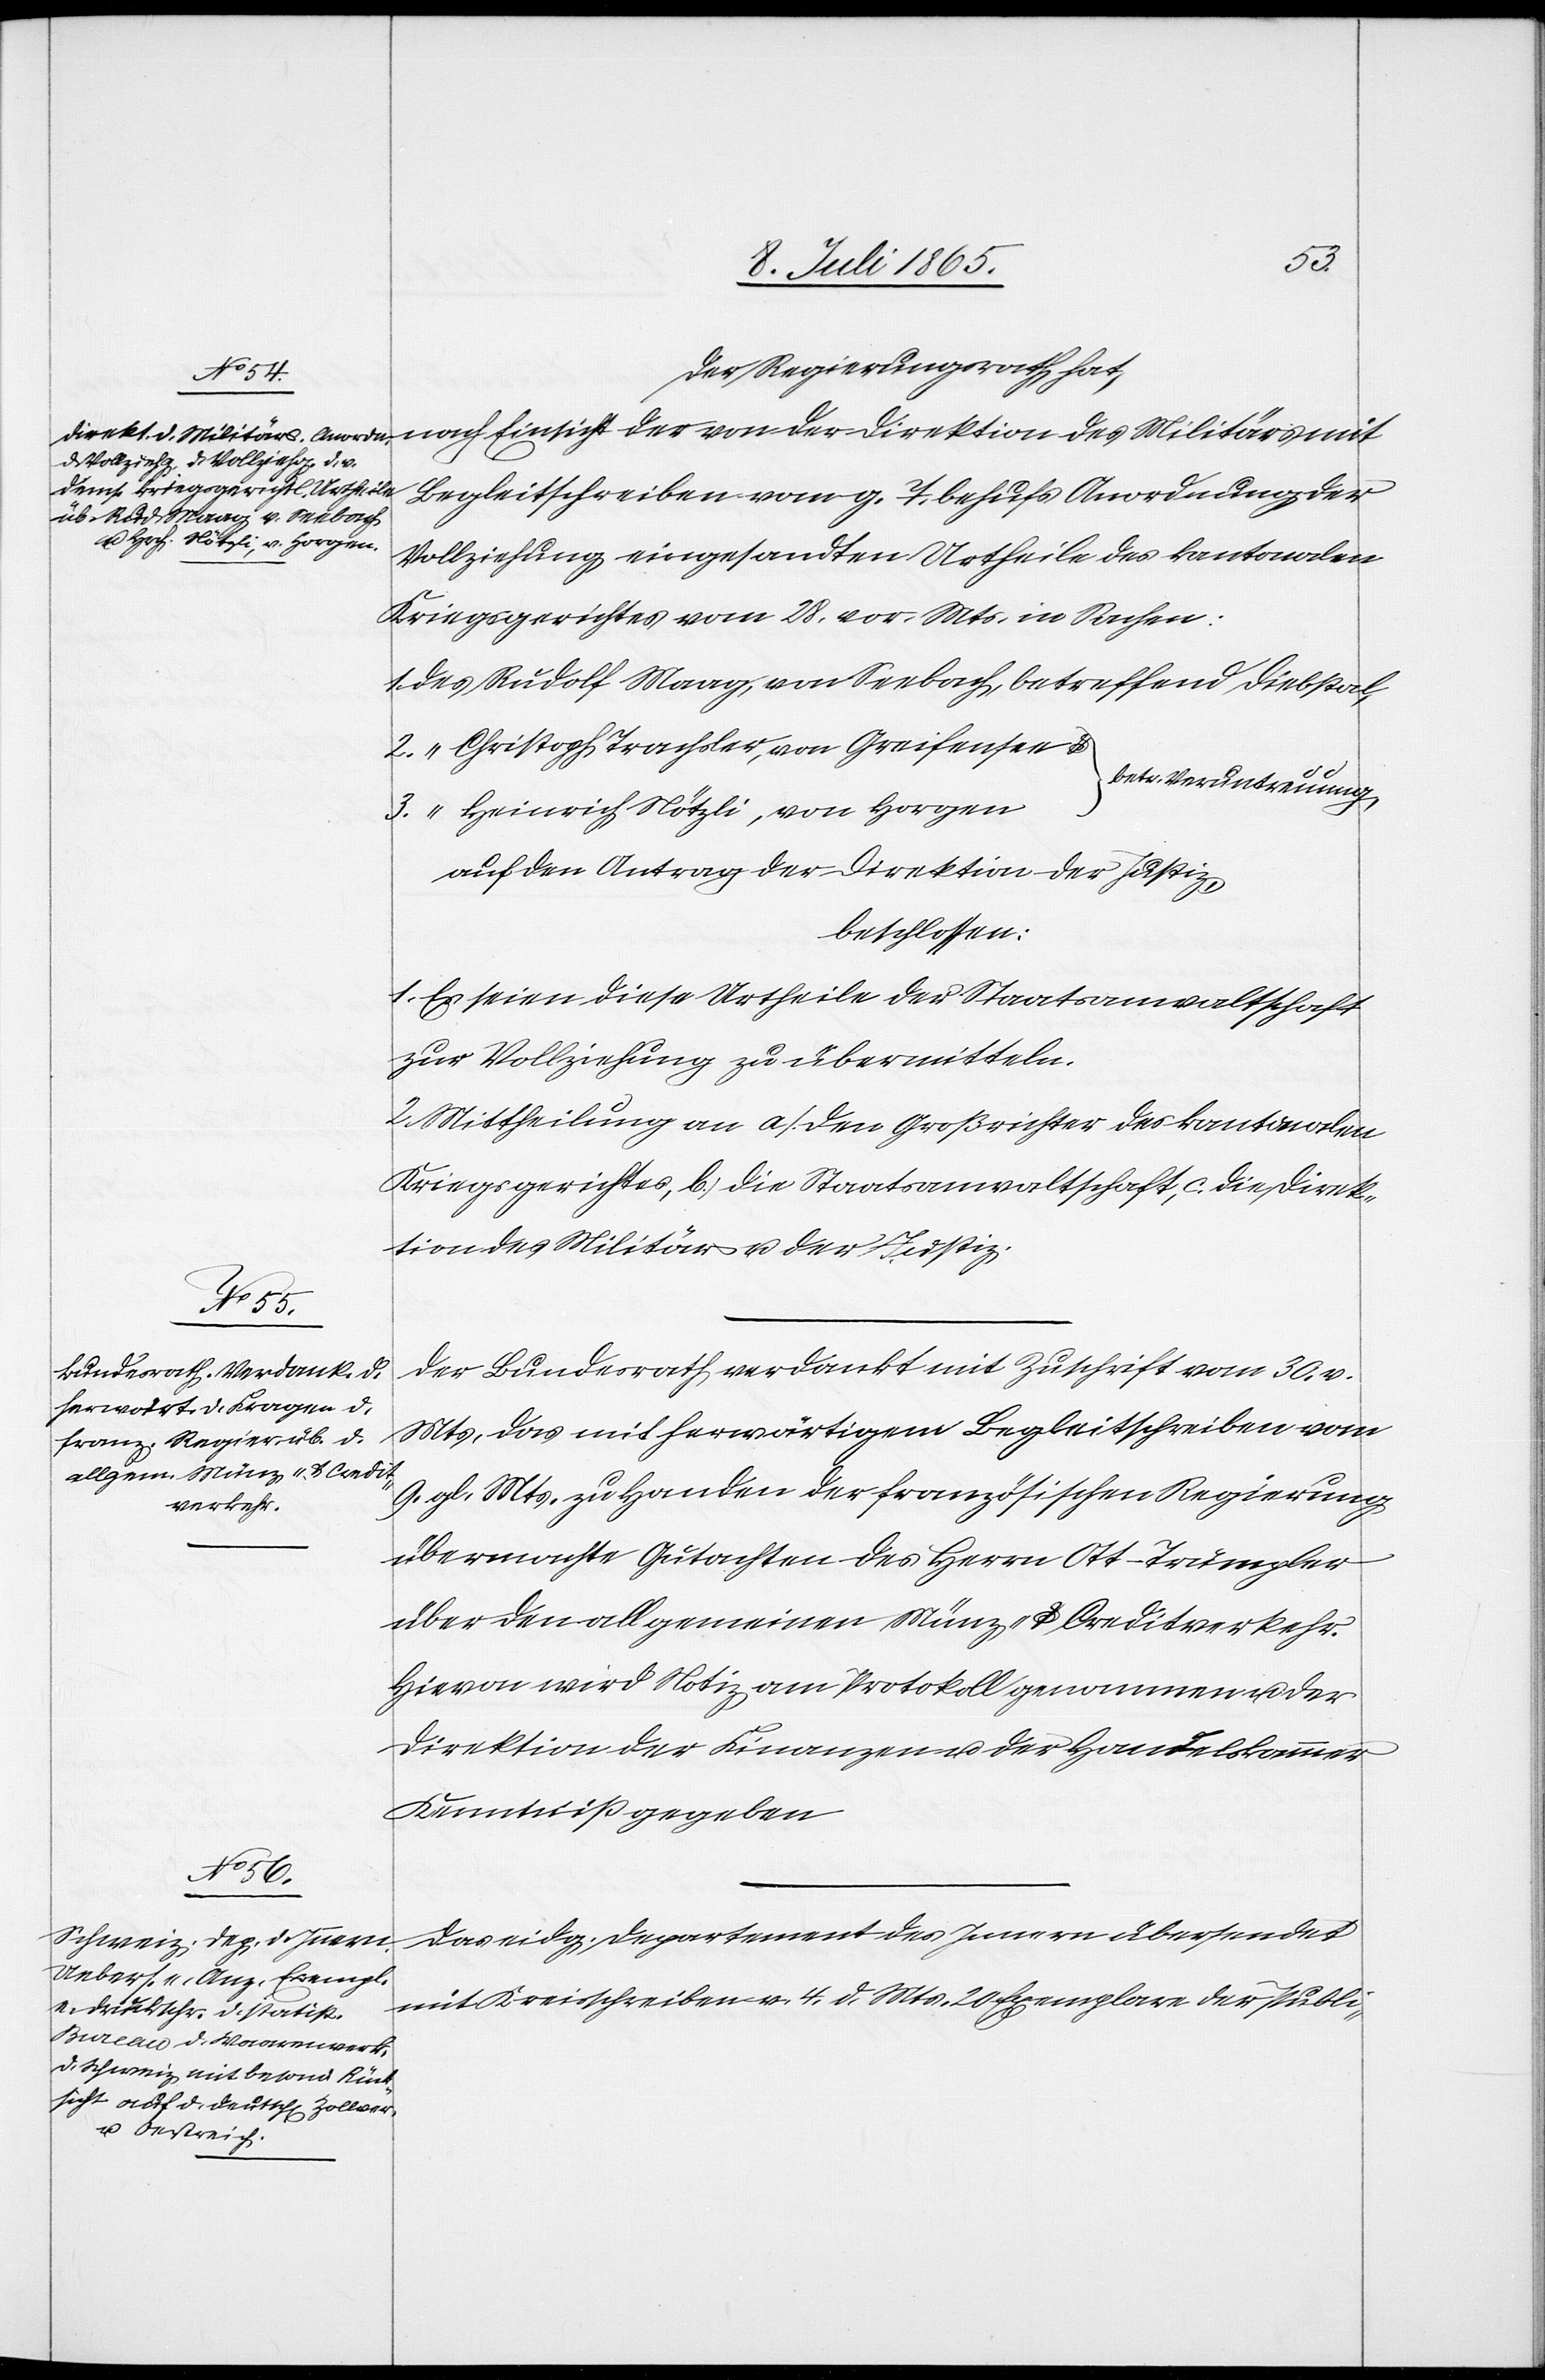
Der Regierungsrath hat,
nach Einsicht der von der Direktion des Militärs mit
Begleitschreiben vom g. T. behufs Anordnung der
Vollziehung eingesandten Urtheile des kantonalen
Kriegsgerichtes vom 28. vor. Mts. in Sachen:
1. des Rudolf Maag, von Seebach, betreffend Diebstal,
2. “ Christoph Trachsler, von Greifensee,
[betr. Veruntreuung]
3. “ Heinrich Nötzli, von Horgen
auf den Antrag der Direktion der Justiz,
beschlossen:
1. Es seien diese Urtheile der Staatsanwaltschaft
zur Vollziehung zu übermitteln.
2. Mittheilung an a. den Großrichter des kantonalen
Kriegsgerichtes, b. die Staatsanwaltschaft, c. die Direk¬
tion des Militärs u. der Justiz.
Der Bundesrath verdankt mit Zuschrift vom 30. v.
Mts, das mit herwärtigem Begleitschreiben vom
9. gl. Mts. zu Handen der französischen Regierung
übermachte Gutachten des Herrn Ott-Trümpler
über den allgemeinen Münz- u. Creditverkehr.
Hievon wird Notiz am Protokoll genommen u. der
Direktion der Finanzen u. der Handelskammer
Kenntniß gegeben[.]
Das eidg. Departement des Innern übersendet
mit Kreisschreiben v. 4. d. Mts. 20 Exemplare der Publi-